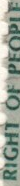
RIGHT OF PEOPLE